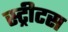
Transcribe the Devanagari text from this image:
स्ट्रीटस